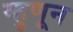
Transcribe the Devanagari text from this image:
म्हुणून